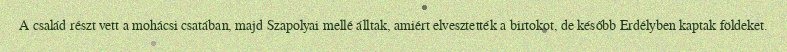
A család részt vett a mohácsi csatában, majd Szapolyai mellé álltak, amiért elvesztették a birtokot, de később Erdélyben kaptak földeket.